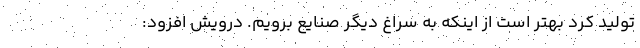
تولید کرد بهتر است از اینکه به سراغ دیگر صنایع برویم. درویش افزود: